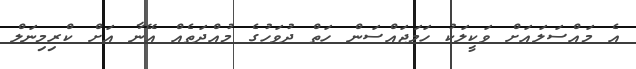
އެ މައްސަލައަށް ވަކީލަކު ހަމަޖައްސަން ހަތް ދުވަހުގެ މުއްދަތެއް އޭނާ އަށް ކްރިމިނަލް